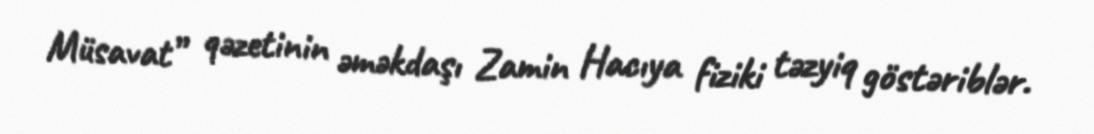
Müsavat” qəzetinin əməkdaşı Zamin Hacıya fiziki təzyiq göstəriblər.